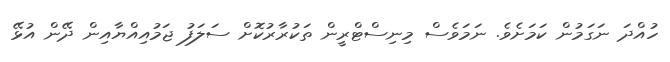
ހުއްދަ ނަގަމުން ކަމަށެވެ. ނަމަވެސް މިނިސްޓްރީން ތަކުރާރުކޮށް ސަލަފު ޖަމުއިއްޔާއިން ދޭން އުޅޭ